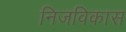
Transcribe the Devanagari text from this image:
निजविकास